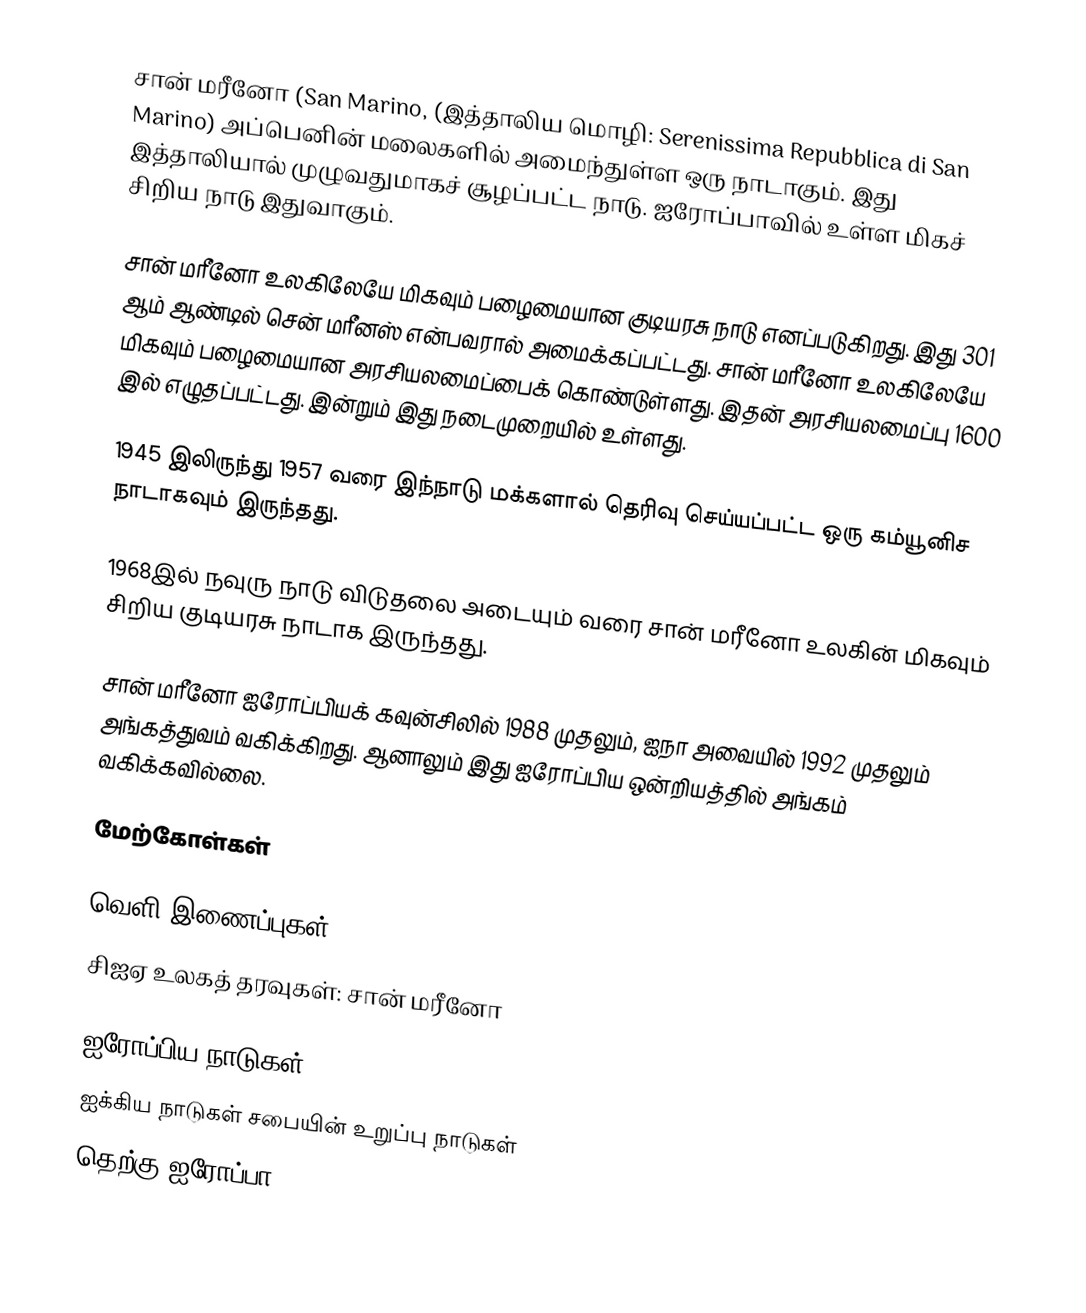
சான் மரீனோ (San Marino, (இத்தாலிய மொழி: Serenissima Repubblica di San Marino) அப்பெனின் மலைகளில் அமைந்துள்ள ஒரு நாடாகும். இது இத்தாலியால் முழுவதுமாகச் சூழப்பட்ட நாடு. ஐரோப்பாவில் உள்ள மிகச் சிறிய நாடு இதுவாகும்.

சான் மரீனோ உலகிலேயே மிகவும் பழைமையான குடியரசு நாடு எனப்படுகிறது. இது 301 ஆம் ஆண்டில் சென் மரீனஸ் என்பவரால் அமைக்கப்பட்டது. சான் மரீனோ உலகிலேயே மிகவும் பழைமையான அரசியலமைப்பைக் கொண்டுள்ளது. இதன் அரசியலமைப்பு 1600 இல் எழுதப்பட்டது. இன்றும் இது நடைமுறையில் உள்ளது.

1945 இலிருந்து 1957 வரை இந்நாடு மக்களால் தெரிவு செய்யப்பட்ட ஒரு கம்யூனிச நாடாகவும் இருந்தது.

1968இல் நவுரு நாடு விடுதலை அடையும் வரை சான் மரீனோ உலகின் மிகவும் சிறிய குடியரசு நாடாக இருந்தது.

சான் மரீனோ ஐரோப்பியக் கவுன்சிலில் 1988 முதலும், ஐநா அவையில் 1992 முதலும் அங்கத்துவம் வகிக்கிறது. ஆனாலும் இது ஐரோப்பிய ஒன்றியத்தில் அங்கம் வகிக்கவில்லை.

மேற்கோள்கள்

வெளி இணைப்புகள்
 சிஐஏ உலகத் தரவுகள்: சான் மரீனோ

ஐரோப்பிய நாடுகள்
ஐக்கிய நாடுகள் சபையின் உறுப்பு நாடுகள்
தெற்கு ஐரோப்பா